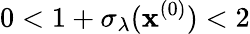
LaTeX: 0<1+\sigma_{\lambda}(\mathbf{x}^{(0)})<2